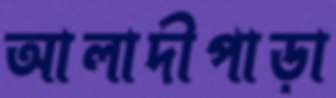
আলাদীপাড়া